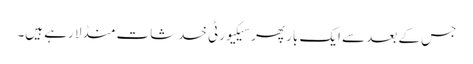
جس کے بعد سے ایک بار پھر سیکیورٹی خدشات منڈلا رہے ہیں۔